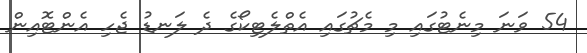
54 ވަނަ މިނެޓުގައި މި މެޗުގައި އެތްލެޓިކޯގެ ދެ ލަނޑު ޖެހި އެންޓޮއިން